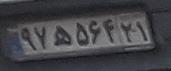
۹۷ه۵۶۴۲۱